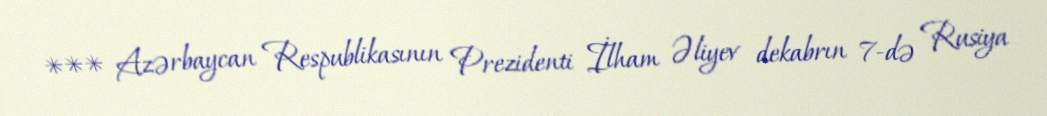
*** Azərbaycan Respublikasının Prezidenti İlham Əliyev dekabrın 7-də Rusiya